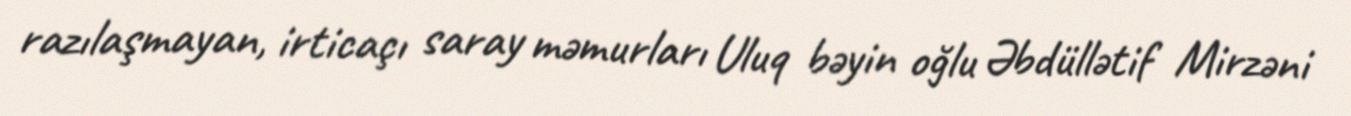
razılaşmayan, irticaçı saray məmurları Uluq bəyin oğlu Əbdüllətif Mirzəni